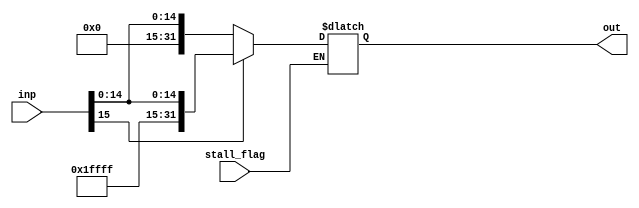
module SignExtend(stall_flag, inp ,out);

input stall_flag;
input  [15:0] inp;
output reg [31:0] out;


always @(inp or stall_flag)
if (stall_flag==0)
begin
begin
    out =  (inp[15] == 1)? {16'hffff , inp} : (inp[15] == 0)? {16'h0000 ,inp}  : 16'hxxxx;
end
end
endmodule